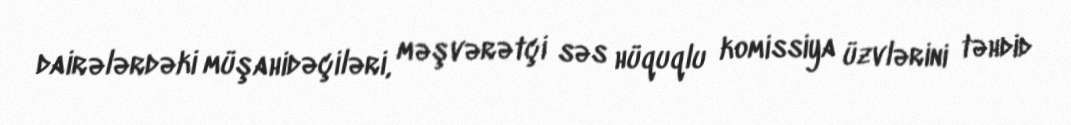
dairələrdəki müşahidəçiləri, məşvərətçi səs hüquqlu komissiya üzvlərini təhdid